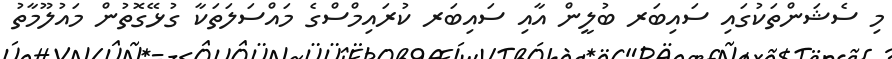
މި ސެޝަންތަކުގައި ސައިބަރ ބުލީން އާއި ސައިބަރ ކުރައިމްސްގެ މައްސަލަތަކާ ގުޅޭގޮތުން މައުލޫމާތު